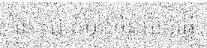
នោះជាតំបន់មិនអាចធ្វើ